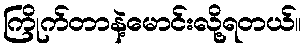
ကြိုက်တာနဲ့မောင်းလို့ရတယ်။